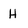
Character: H